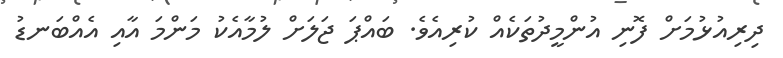
ދިރިއުޅުމަށް ފޮނި އުންމީދުތަކެއް ކުރިއެވެ. ބައްޕަ ޖަލަށް ލުމާއެކު މަންމަ އާއި އެއްބަނޑު